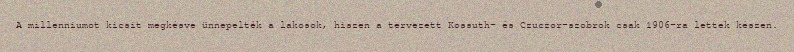
A millenniumot kicsit megkésve ünnepelték a lakosok, hiszen a tervezett Kossuth- és Czuczor-szobrok csak 1906-ra lettek készen.